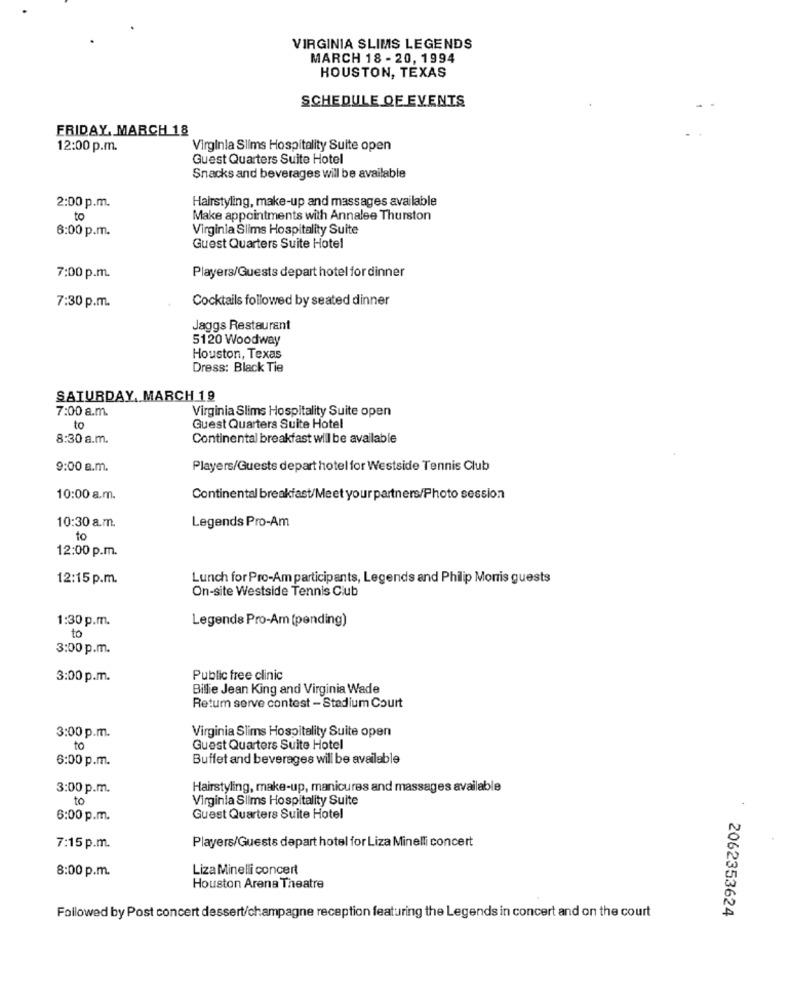
VIRGINIA SLIMS LEGENDS
MARCH 18 - 20, 1994
HOUSTON, TEXAS
SCHEDULE OF EVENTS
FRIDAY, MARCH 18
12:00 p.m.
Virginia Slims Hospitality Suite open
Guest Quarters Suite Hotel
Snacks and beverages will be available
Hairstyling, make-up and massages available
2:00 p.m.
to
Make appointments with Annalee Thurston
6:00 p.m.
Virginia Slims Hospitality Suite
Guest Quarters Suite Hotel
7:00 p.m.
Players/Guests depart hotel for dinner
Cocktails followed by seated dinner
7:30 p.m.
Jaggs Restaurant
5120 Woodway
Houston, Texas
Dress: Black Tie
SATURDAY, MARCH 19
7:00 a.m.
Virginia Slims Hospitality Suite open
to
Quest Quarters Suite Hotel
8:30 a.m.
Continental breakfast will be available
9:00 a.m.
Players/Guests depart hotel for Westside Tennis Club
10:00 a.m.
Continental breakfast/Meet your partners/Photo session
Legends Pro-Am
10:30 a.m.
to
12:00 p.m.
12:15 p.m.
Lunch for Pro-Am participants, Legends and Philip Morris guests
On-site Westside Tennis Club
1:30 p.m.
Legends Pro-Am (pending)
to
3:00 p.m.
3:00 p.m.
Public free clinic
Billie Jean King and Virginia Wade
Retum serve contest - Stadium Court
Virginia Slims Hospitality Suite open
3:00 p.m.
to
Guest Quarters Suite Hotel
6:00 p.m.
Buffet and beverages will be available
3:00 p.m.
Hairstyling, make-up, manicures and massages available
to
Virginia Slims Hospitality Suite
6:00 p.m.
Guest Quarters Suite Hotel
Players/Guests depart hotel for Liza Minelli concert
7:15 p.m.
8:00 p.m.
Liza Minelli concert
Houston Arena Theatre
Followed by Post concert dessert/champagne reception featuring the Legends in concert and on the court
2062353624